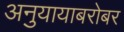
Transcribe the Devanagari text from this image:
अनुयायाबरोबर